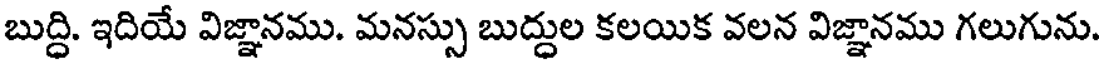
బుద్ధి. ఇదియే విజ్ఞానము. మనస్సు బుద్దుల కలయిక వలన విజ్ఞానము గలుగును.